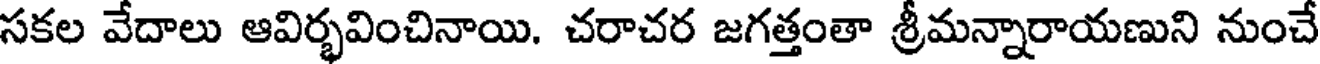
సకల వేదాలు ఆవిర్భవించినాయి. చరాచర జగత్తంతా శ్రీమన్నారాయణుని నుంచే